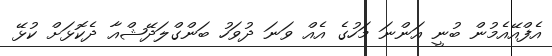
އެފްއޭއެމުން ބުނީ އަންނަ މަހުގެ އެއް ވަނަ ދުވަހު ބަންގްލަދޭޝްއާ ދެކޮޅަށް ކުޅޭ